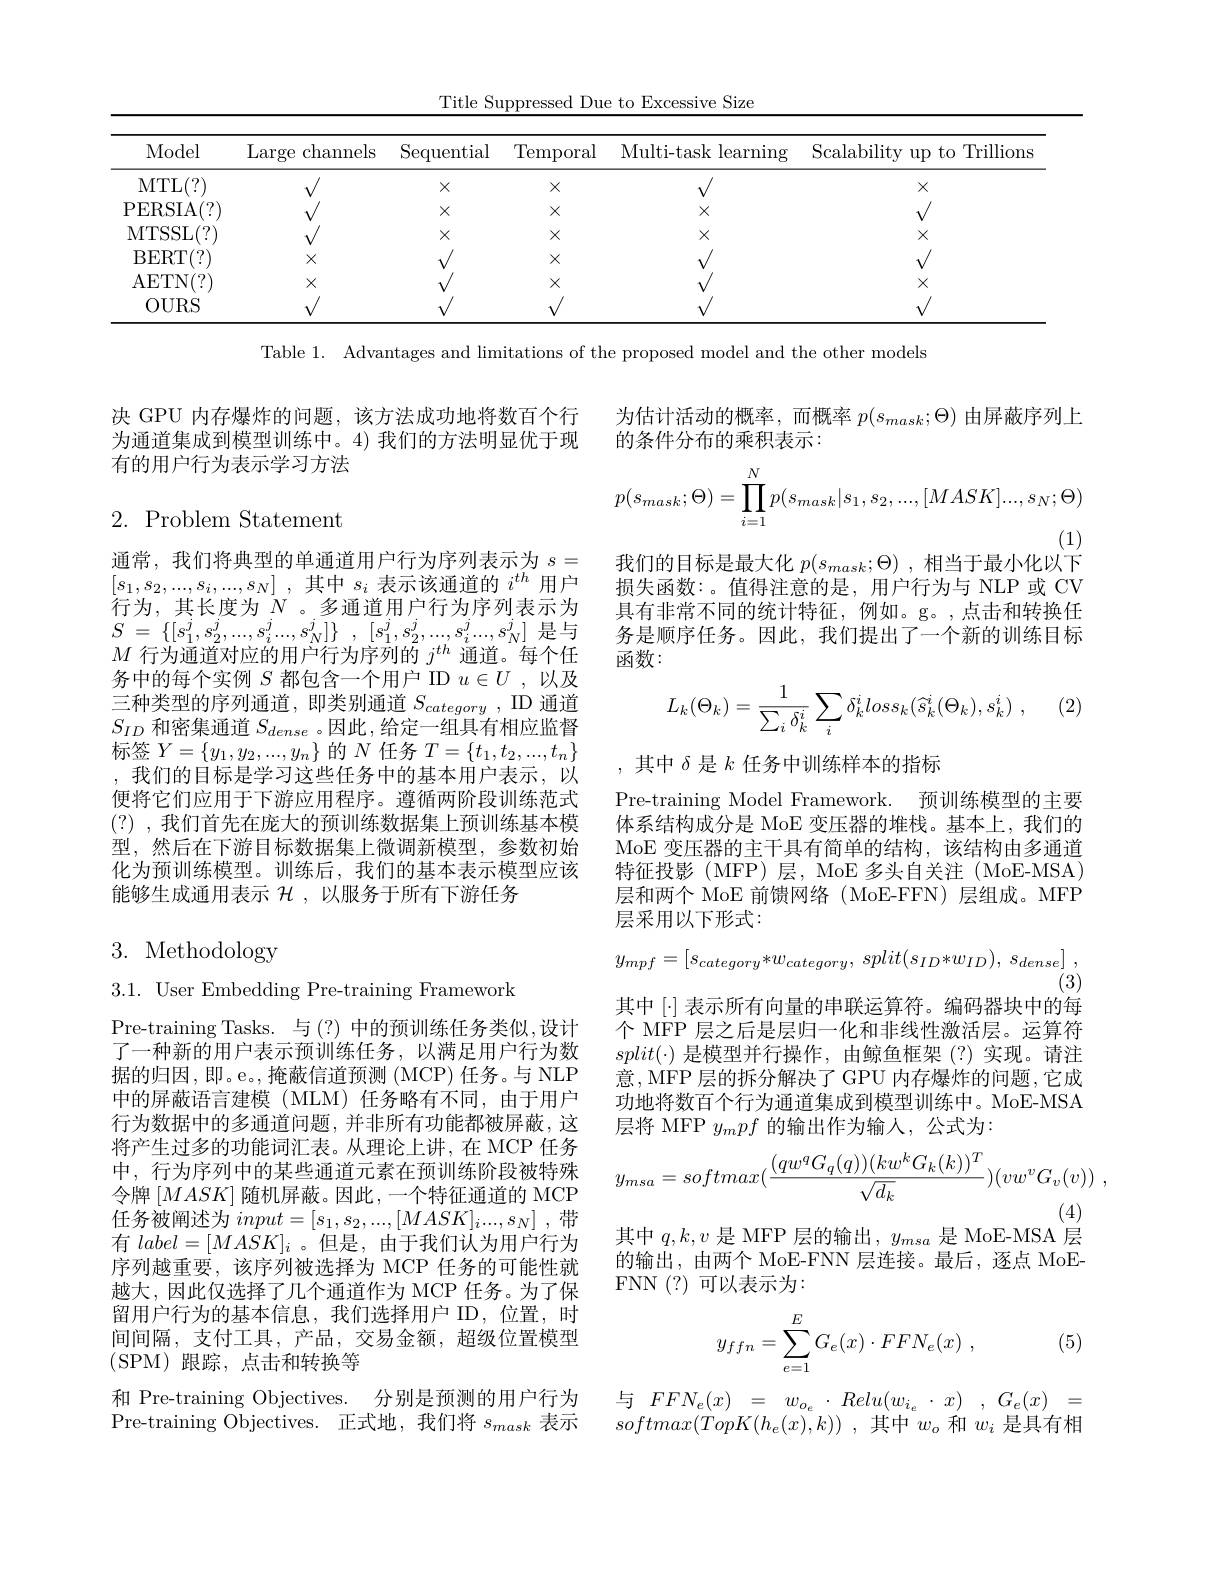
Title Suppressed Due to Excessive Size

<table>
	<tbody>
		<tr>
			<th>Model</th>
			<th>Large channels 1</th>
			<th>Sequential</th>
			<th>$\operatorname{Temporal}$</th>
			<th>Multi- task learning</th>
			<th>lti-task learning</th>
			<th>lability up to Trillions</th>
		</tr>
		<tr>
			<td>$MTL$ .(?)</td>
			<td> </td>
			<td>$X$</td>
			<td>$X$</td>
			<td> </td>
			<td> </td>
			<td>$X$</td>
		</tr>
		<tr>
			<td>PERSIA $^{*}/$ </td>
			<td> </td>
			<td>$X$</td>
			<td>$X$</td>
			<td>$X$</td>
			<td>$X$</td>
			<td> </td>
		</tr>
		<tr>
			<td>MTSSL $(\cdot)$</td>
			<td> </td>
			<td>$X$</td>
			<td>$X$</td>
			<td>$X$</td>
			<td>$X$</td>
			<td>$X$</td>
		</tr>
		<tr>
			<td>BERT (7</td>
			<td>$X$</td>
			<td> </td>
			<td>$X$</td>
			<td> </td>
			<td> </td>
			<td> </td>
		</tr>
		<tr>
			<td>AETN( ? ) </td>
			<td>$X$</td>
			<td> </td>
			<td>$X$</td>
			<td> </td>
			<td> </td>
			<td>$X$</td>
		</tr>
		<tr>
			<td>OURS</td>
			<td> </td>
			<td> </td>
			<td> </td>
			<td> </td>
			<td> </td>
			<td> </td>
		</tr>
	</tbody>
</table>
Table 1. Advantages and limitations of the proposed model and the other models

决 GPU 内存爆炸的问题，该方法成功地将数百个行为通道集成到模型训练中。4) 我们的方法明显优于现有的用户行为表示学习方法

## $2.{\mathrm{~Problem~Statement}}$

通常，我们将典型的单通道用户行为序列表示为$s=$ $\left[s_1,s_2,...,s_i,...,s_N\right]$,其中$s_i$ 表示该通道的 $i^th$ 用户行为，其长度为$N$ 。多通道用户行为序列表示为$\begin{array}{l}S\:=\:\{[s_1^j,s_2^j,...,s_i^j...,s_N^j]\}\:,\:[s_1^j,s_2^j,...,s_i^j...,s_N^j]\:\text{是与}\\M\:\text{行为通道对应的用户行为序列的 }j^{th}\:\text{通道。每个任}\end{array}$ 务中的每个实例$S$都包含一个用户 ID $u\in U$,以及三种类型的序列通道，即类别通道$S_category$ , ID 通道$S_{ID}$和密集通道$S_dense$ 。因此，给定一组具有相应监督标签$Y=\{y_1,y_2,...,y_n\}$的$N$任务$T=\{t_1,t_2,...,t_n\}$ ,我们的目标是学习这些任务中的基本用户表示，以便将它们应用于下游应用程序。遵循两阶段训练范式(?) ,我们首先在庞大的预训练数据集上预训练基本模型，然后在下游目标数据集上微调新模型，参数初始化为预训练模型。训练后，我们的基本表示模型应该能够生成通用表示$\mathcal{H}$ ,以服务于所有下游任务

# 3. Methodology

3.1. User Embedding Pre-training Framework

Pre-training Tasks. 与(?)中的预训练任务类似，设计了一种新的用户表示预训练任务，以满足用户行为数据的归因，即。e。,掩蔽信道预测 (MCP) 任务。与 NLP 中的屏蔽语言建模(MLM)任务略有不同，由于用户行为数据中的多通道问题，并非所有功能都被屏蔽，这将产生过多的功能词汇表。从理论上讲，在 MCP 任务中，行为序列中的某些通道元素在预训练阶段被特殊令牌$\left[MASK\right]$随机屏蔽。因此，一个特征通道的 MCP $\dot {\text{任 务 被 阐 述 为 }input}= [ s_1, s_2, . . . , [ MASK] _i. . . , s_N]$ ,带有$label=[MASK]_i$ 。但是，由于我们认为用户行为序列越重要，该序列被选择为 MCP 任务的可能性就越大，因此仅选择了几个通道作为 MCP 任务。为了保留用户行为的基本信息，我们选择用户 ID,位置，时间间隔，支付工具，产品，交易金额，超级位置模型(SPM)跟踪，点击和转换等
和 Pre-training Objectives. 分别是预测的用户行为Pre-training Objectives. 正式地，我们将$s_mask$表示

为估计活动的概率，而概率$p(s_mask;\Theta)$由屏蔽序列上
的条件分布的乘积表示：
$$p(s_{mask};\Theta)=\prod_{i=1}^{N}p(s_{mask}|s_{1},s_{2},...,[MASK]...,s_{N};\Theta)$$
我们的目标是最大化$p(s_{mask};\Theta)$ ,相当于最小化以下

损失函数：。值得注意的是，用户行为与 NLP 或 CV 具有非常不同的统计特征，例如。g。,点击和转换任务是顺序任务。因此，我们提出了一个新的训练目标$函数：$
$$L_k(\Theta_k)=\frac{1}{\sum_i\delta_k^i}\sum_i\delta_k^iloss_k(\widehat{s}_k^i(\Theta_k),s_k^i)\:,$$
,其中$\delta$是$k$任务中训练样本的指标
Pre-training Model Framework. 预训练模型的主要体系结构成分是 MoE 变压器的堆栈。基本上，我们的MoE 变压器的主干具有简单的结构，该结构由多通道特征投影(MFP)层，MoE 多头自关注(MoE-MSA) 层和两个 MoE 前馈网络 ( MoE-FFN) 层组成。MFP 层采用以下形式：
$$y_{mpf}=[s_{category}*w_{category},\:split(s_{ID}*w_{ID}),\:s_{dense}]\:,$$
(3)
其中[$\cdot] 表示所有向量的串联运算符。编码器块中的每$ 个 MFP 层之后是层归一化和非线性激活层。运算符$split(\cdot)$是模型并行操作，由鲸鱼框架(?)实现。请注意，MFP 层的拆分解决了 GPU 内存爆炸的问题，它成功地将数百个行为通道集成到模型训练中。MoE-MSA 层将 MFP $y_mpf$的输出作为输入，公式为：
$$y_{msa}=softmax(\frac{(qw^qG_q(q))(kw^kG_k(k))^T}{\sqrt{d_k}})(vw^vG_v(v))\:,$$
其中$q,k,v$是 MFP 层的输出，$y_msa$是 MoE-MSA 层

的输出，由两个 MoE-FNN 层连接。最后，逐点 MoE-
FNN(?)可以表示为：

(5)
$$\begin{aligned}y_{ffn}=\sum_{e=1}^EG_e(x)\cdot FFN_e(x)\:,\end{aligned}$$
与$FFN_e(x)=w_{o_e}\cdot Relu(w_{i_e}\cdot x),G_e(x)=$ $\begin{array}{l}{{\neg f~1~1~r_{e}(x)}-w_{o_{e}}~1uct~u(w_{i_{e}}~x)~,~0_{e}(x)}\\{{softmax(TopK(h_{e}(x),k))~,~其中~w_{o}~和~w_{i}~是具有相}}\end{array}$